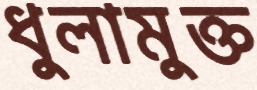
ধুলামুক্ত